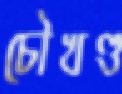
চৌখণ্ড